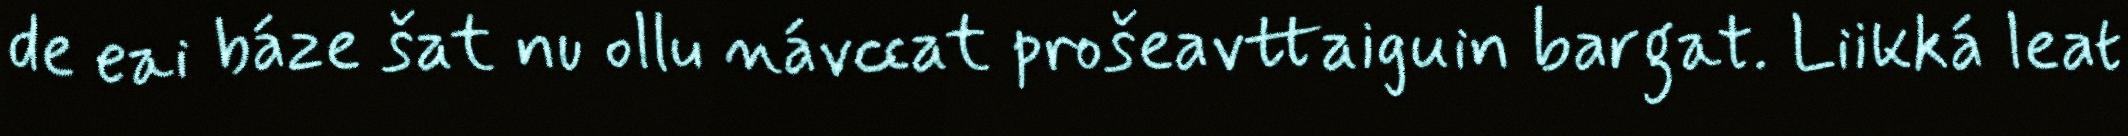
de eai báze šat nu ollu návccat prošeavttaiguin bargat. Liikká leat